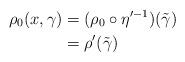
LaTeX: \begin{align*}\rho_0(x,\gamma) &= (\rho_0\circ\eta'^{-1})(\tilde{\gamma}) \\&= \rho'(\tilde{\gamma})\end{align*}